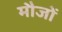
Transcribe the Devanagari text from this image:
मौजों